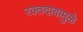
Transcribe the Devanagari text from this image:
रक्तदाबामुळे